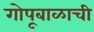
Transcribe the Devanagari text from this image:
गोपूबाळाची